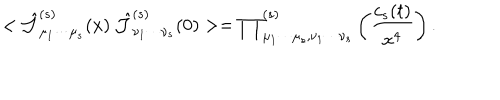
< \hat { { \cal { J } } } _ { \mu _ { 1 } \cdots \mu _ { s } } ^ { ( s ) } ( x ) ~ \hat { { \cal { J } } } _ { \nu _ { 1 } \cdots \nu _ { s } } ^ { ( s ) } ( 0 ) > = { \prod } _ { \mu _ { 1 } \cdots \mu _ { s } , \nu _ { 1 } \cdots \nu _ { s } } ^ { ( s ) } \left( { \frac { c _ { s } ( t ) } { x ^ { 4 } } } \right) .